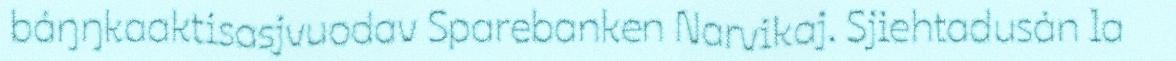
báŋŋkaaktisasjvuodav Sparebanken Narvikaj. Sjiehtadusán la